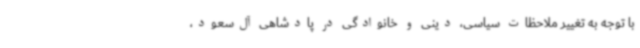
با توجه به تغییر ملاحظات سیاسی، دینی و خانوادگی در پادشاهی آل‌سعود،